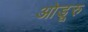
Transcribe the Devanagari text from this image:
ओडूरु